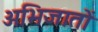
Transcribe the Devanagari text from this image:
अभिजातों